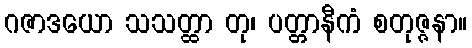
ဂဇာဒယော သသတ္ထာ တု၊ ပတ္တာနီကံ စတုဇ္ဇနာ။